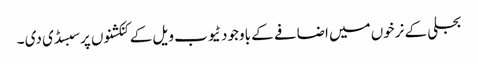
بجلی کے نرخوں میں اضافے کے باوجود ٹیوب ویل کے کنکشنوں پر سبسڈی دی ۔